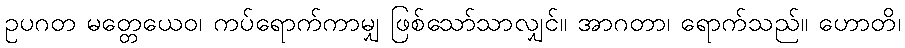
ဥပဂတ မတ္တေယေဝ၊ ကပ်ရောက်ကာမျှ ဖြစ်သော်သာလျှင်။ အာဂတာ၊ ရောက်သည်။ ဟောတိ၊